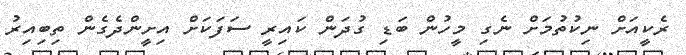
ރެކީއަށް ނިކުތުމަށް ނެގި މީހުން ބަޑި ގުދަން ކައިރީ ސަފަކަށް އިށީންދެގެން ތިބިއިރު